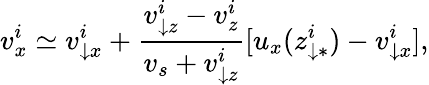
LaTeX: v_{x}^{i}\simeq v_{\downarrow x}^{i}+\frac{v_{\downarrow z}^{i}-v_{z}^{i}}{v_{s}+v_{\downarrow z}^{i}}[u_{x}(z_{\downarrow\ast}^{i})-v_{\downarrow x}^{i}],